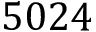
5 0 2 4